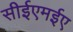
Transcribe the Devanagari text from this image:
सीईएमईए